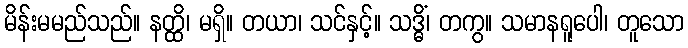
မိန်းမမည်သည်။ နတ္ထိ၊ မရှိ။ တယာ၊ သင်နှင့်။ သဒ္ဓိံ၊ တကွ။ သမာနရူပေါ၊ တူသော